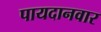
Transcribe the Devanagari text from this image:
पायदानवार